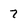
Character: 7